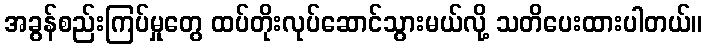
အခွန်စည်းကြပ်မှုတွေ ထပ်တိုးလုပ်ဆောင်သွားမယ်လို့ သတိပေးထားပါတယ်။